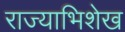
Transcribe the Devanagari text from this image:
राज्याभिशेख